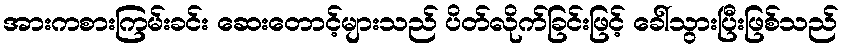
အားကစားကြမ်းခင်း ဆေးတောင့်များသည် ပိတ်လိုက်ခြင်းဖြင့် ခေါ်သွားပြီးဖြစ်သည်